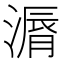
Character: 漘